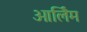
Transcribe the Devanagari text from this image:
ओर्लिम